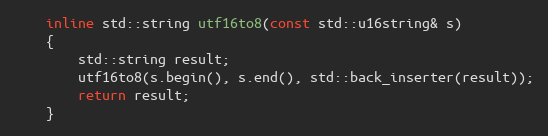
Language: C
    inline std::string utf16to8(const std::u16string& s)
    {
        std::string result;
        utf16to8(s.begin(), s.end(), std::back_inserter(result));
        return result;
    }